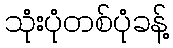
သုံးပုံတစ်ပုံခန့်